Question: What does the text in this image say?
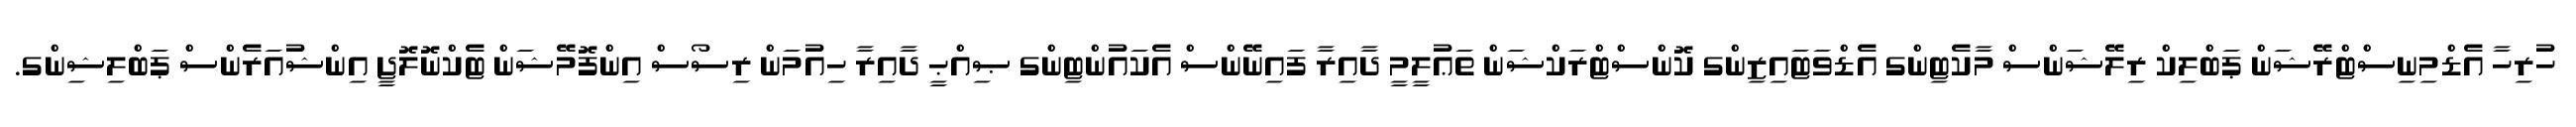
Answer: ހުރިހާ އެޑްމިނިސްޓްރޭޝަން ޕަބްލިކް ރިލޭޝަންސް މާކެޓިންގ އެޑްވަޓައިޒިންގ ކޮންސްޓްރަކްޝަން ތަޢުލީމީ ދާއިރާ ފައިނޭންސް އެކައުންޓިންގ ޞިއްޙީ ދާއިރާ ހިއުމަން ރިސޯސް އިންފޮމޭޝަން ޓެކްނޮލޮޖީ އިންޝުއަރެންސް ޕަބްލިޝިންގ.